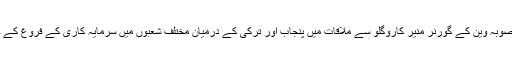
وزیراعلیٰ نے ترکی کے صوبہ وین کے گورنر منیر کاروگلو سے ملاقات میں پنجاب اور ترکی کے درمیان مختلف شعبوں میں سرمایہ کاری کے فروغ کے حوالے سے بات چیت کی۔